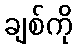
ချစ်ကို